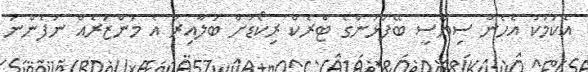
އެކަމަކު އެހެން ސިޔާސީ ބޭފުޅުންގެ ޓްރެކް ރިކޯޑަށް ބަލާއިރު އެ މަންޒަރެއް ނުފެންނަ